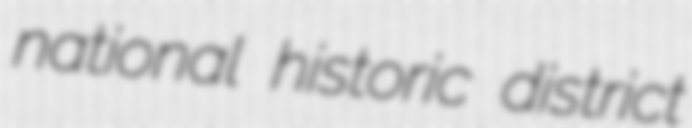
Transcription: national historic district